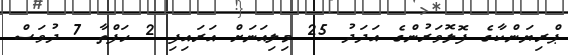
ޕްރިޔަންކާގެ ފޮލޮވަރުންގެ އަދަދު 25 މިލިއަނަށް އަރައިފި 2 ހަފްތާ 7 ދުވަސް